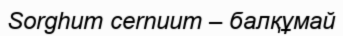
Sorghum cernuum – балқұмай